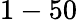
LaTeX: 1-50